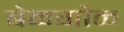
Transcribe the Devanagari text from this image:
बेळगोळ